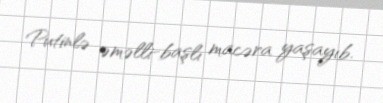
Putinlə əməlli-başlı macəra yaşayıb.